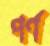
পর্ণ